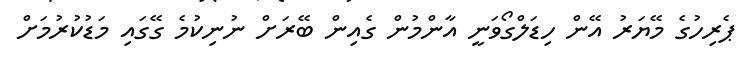
ޕެރިހުގެ މޭޔަރު އޭން ހިޑަލްގޯވަނީ އާންމުން ގެއިން ބޭރަށް ނުނިކުމެ ގޭގައި މަޑުކުރުމަށް